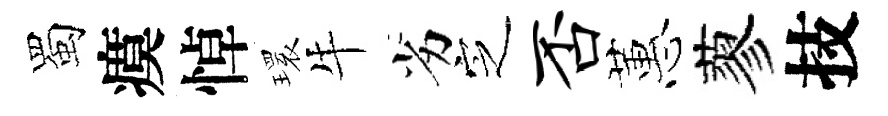
蜀瘼悼𤨔牛劣㝎否蕙蓼技